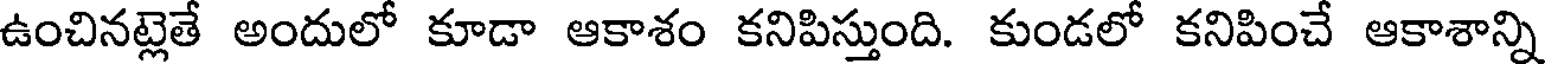
ఉంచినట్లెతే అందులో కూడా ఆకాశం కనిపిస్తుంది. కుండలో కనిపించే ఆకాశాన్ని